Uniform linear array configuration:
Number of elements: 24
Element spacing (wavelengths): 0.75
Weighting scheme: kaiser
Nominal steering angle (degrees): -60
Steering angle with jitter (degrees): -60.313
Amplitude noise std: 0.05
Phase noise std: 0.05

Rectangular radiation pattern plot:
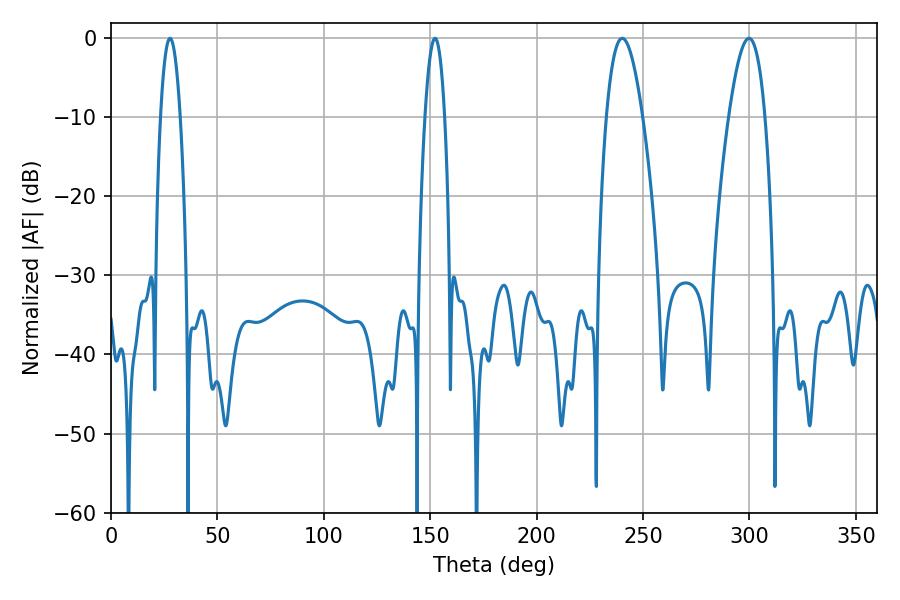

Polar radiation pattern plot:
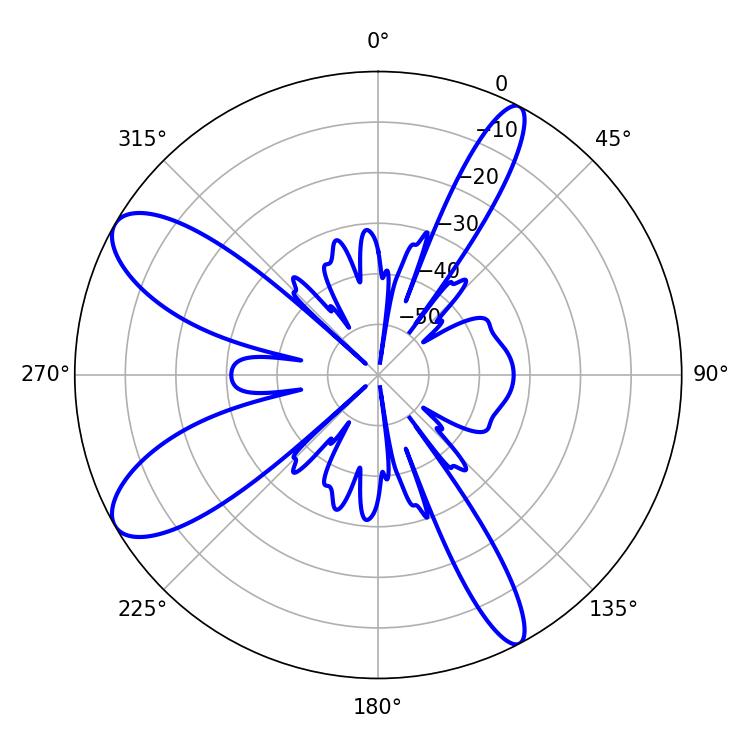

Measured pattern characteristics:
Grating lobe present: TRUE
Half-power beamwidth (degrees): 5.04
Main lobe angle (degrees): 27.72